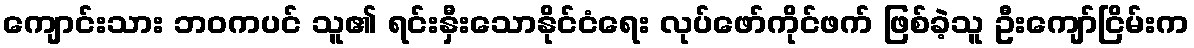
ကျောင်းသား ဘဝကပင် သူ၏ ရင်းနှီးသောနိုင်ငံရေး လုပ်ဖော်ကိုင်ဖက် ဖြစ်ခဲ့သူ ဦးကျော်ငြိမ်းက